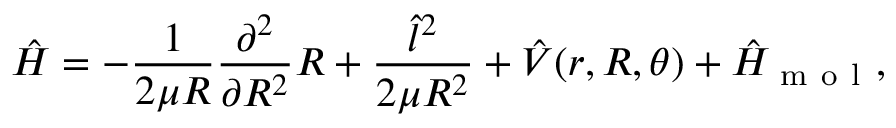
\hat { H } = - \frac { 1 } { 2 \mu R } \frac { \partial ^ { 2 } } { \partial R ^ { 2 } } R + \frac { \hat { l } ^ { 2 } } { 2 \mu R ^ { 2 } } + \hat { V } ( r , R , \theta ) + \hat { H } _ { \mathrm { ~ m ~ o ~ l ~ } } ,